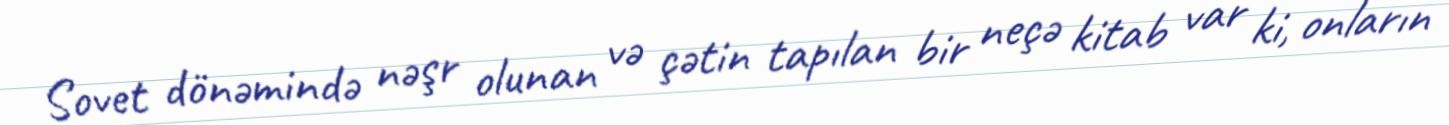
Sovet dönəmində nəşr olunan və çətin tapılan bir neçə kitab var ki, onların